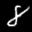
Label: 8